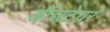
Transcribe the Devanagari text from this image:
ऑब्स्टेयर